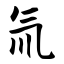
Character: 氚